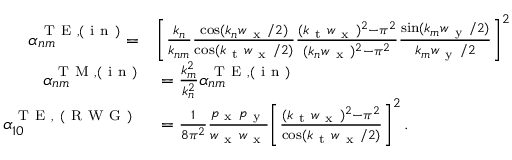
\begin{array} { r l } { \alpha _ { n m } ^ { \mathrm { ~ T ~ E ~ } , ( \mathrm { ~ i ~ n ~ } ) } = } & { { } \bigg [ \frac { k _ { n } } { k _ { n m } } \frac { \cos ( k _ { n } w _ { \mathrm { ~ x ~ } } / 2 ) } { \cos ( k _ { \mathrm { ~ t ~ } } w _ { \mathrm { ~ x ~ } } / 2 ) } \frac { ( k _ { \mathrm { ~ t ~ } } w _ { \mathrm { ~ x ~ } } ) ^ { 2 } - \pi ^ { 2 } } { ( k _ { n } w _ { \mathrm { ~ x ~ } } ) ^ { 2 } - \pi ^ { 2 } } \frac { \sin ( k _ { m } w _ { \mathrm { ~ y ~ } } / 2 ) } { k _ { m } w _ { \mathrm { ~ y ~ } } / 2 } \bigg ] ^ { 2 } } \\ { \alpha _ { n m } ^ { \mathrm { ~ T ~ M ~ } , ( \mathrm { ~ i ~ n ~ } ) } } & { { } = \frac { k _ { m } ^ { 2 } } { k _ { n } ^ { 2 } } \alpha _ { n m } ^ { \mathrm { ~ T ~ E ~ } , ( \mathrm { ~ i ~ n ~ } ) } } \\ { \alpha _ { 1 0 } ^ { \mathrm { ~ T ~ E ~ , ~ ( ~ R ~ W ~ G ~ ) ~ } } } & { { } = \frac { 1 } { 8 \pi ^ { 2 } } \frac { p _ { \mathrm { ~ x ~ } } p _ { \mathrm { ~ y ~ } } } { w _ { \mathrm { ~ x ~ } } w _ { \mathrm { ~ x ~ } } } \bigg [ \frac { ( k _ { \mathrm { ~ t ~ } } w _ { \mathrm { ~ x ~ } } ) ^ { 2 } - \pi ^ { 2 } } { \cos ( k _ { \mathrm { ~ t ~ } } w _ { \mathrm { ~ x ~ } } / 2 ) } \bigg ] ^ { 2 } \, . } \end{array}